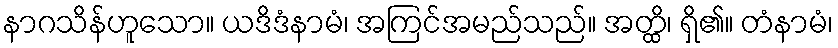
နာဂသိန်ဟူသော။ ယဒိဒံနာမံ၊ အကြင်အမည်သည်။ အတ္ထိ၊ ရှိ၏။ တံနာမံ၊